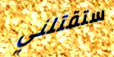
ستقتلني